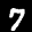
Label: 7